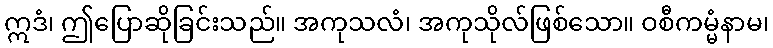
ဣဒံ၊ ဤပြောဆိုခြင်းသည်။ အကုသလံ၊ အကုသိုလ်ဖြစ်သော။ ဝစီကမ္မံနာမ၊